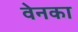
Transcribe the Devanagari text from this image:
वेनका